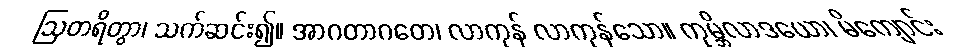
ဩတရိတွာ၊ သက်ဆင်း၍။ အာဂတာဂတေ၊ လာကုန် လာကုန်သော။ ကုမ္ဘိလာဒယော၊ မိကျောင်း